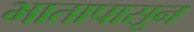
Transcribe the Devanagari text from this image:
भातापासून